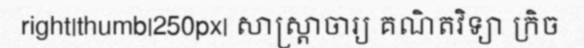
right|thumb|250px| សាស្ត្រាចារ្យ គណិតវិទ្យា ក្រិច